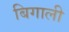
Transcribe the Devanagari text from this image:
बिगाली